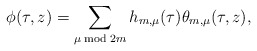
\begin{align*}\phi(\tau,z) = \sum_{\mu \bmod{2m}} h_{m,\mu}(\tau)\theta_{m,\mu}(\tau,z),\end{align*}